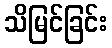
သိမြင်ခြင်း